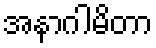
အနာဂါမိတာ